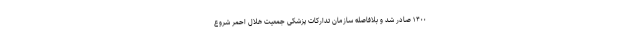
۱۴۰۰ صادر شد و بلافاصله سازمان تدارکات پزشکی جمعیت هلال احمر شروع